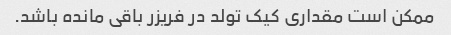
ممکن است مقداری کیک تولد در فریزر باقی مانده باشد.